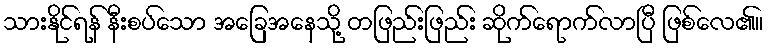
သားနိုင်ရန် နီးစပ်သော အခြေအနေသို့ တဖြည်းဖြည်း ဆိုက်ရောက်လာပြီ ဖြစ်လေ၏။